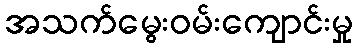
အသက်မွေးဝမ်းကျောင်းမှု